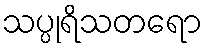
သပ္ပုရိသတရော